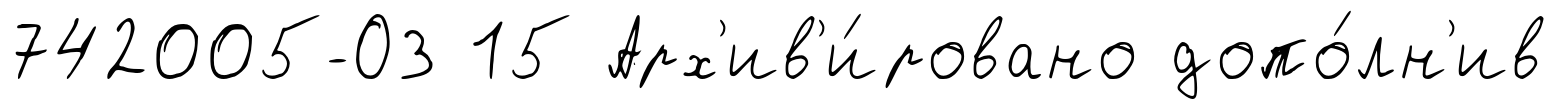
742005-ОЗ 15 Арх'ив'и́ровано допо́лн'ив